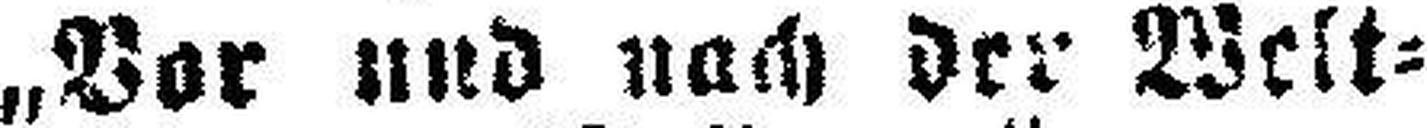
„Vor und nach der Welt¬